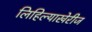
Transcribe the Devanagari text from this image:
लिहिल्याखेरीज